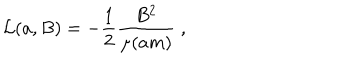
LaTeX: { \cal L } ( a , B ) = - \frac { 1 } { 2 } \frac { B ^ { 2 } } { \mu ( a m ) } \; ,